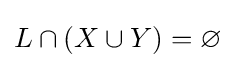
L\cap (X\cup Y)=\varnothing